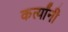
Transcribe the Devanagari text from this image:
कर्त्यांनी